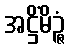
အဋ္ဌိံမိဉ္ဇံ